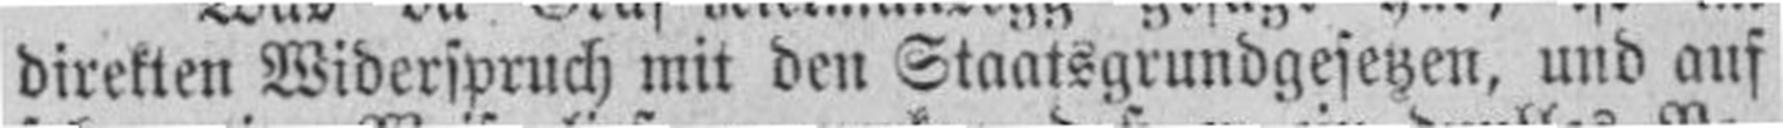
direkten Widerspruch mit den Staatsgrundgesetzen, und auf